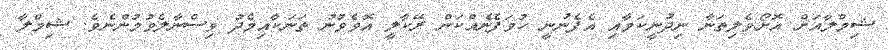
ޝިމްލާއަށް އޮށޯވެލިތަނާ ނިދުނީކަމާއި އެފެނުނީ ހުވަފެނެއްކަން ރޭކާލީ އޮވެވުނު ތަނަކާއިމެދު ވިސްނާލެވުމުންނެވެ. ޝިމްލާ